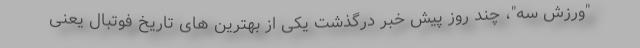
"ورزش سه"، چند روز پیش خبر درگذشت یکی از بهترین های تاریخ فوتبال یعنی